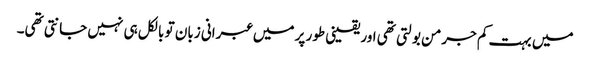
میں بہت کم جرمن بولتی تھی اور یقینی طور پر میں عبرانی زبان تو بالکل ہی نہیں جانتی تھی۔